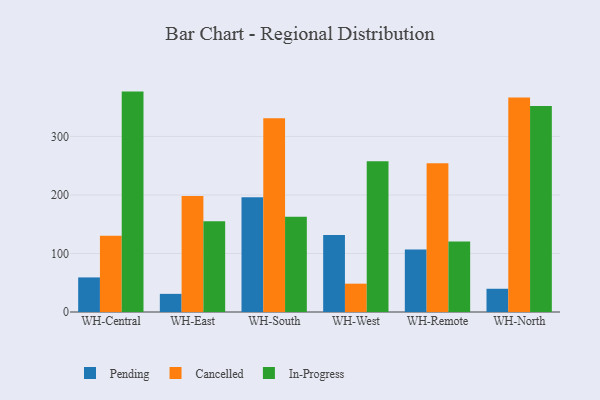
{"axis": {"x": "Warehouse", "y": "Revenue (USD Million)"}, "legend": ["Cancelled", "In-Progress", "Pending"], "data": [{"x": "WH-Central", "y": 59.1, "type": "Pending"}, {"x": "WH-Central", "y": 130.5, "type": "Cancelled"}, {"x": "WH-Central", "y": 376.7, "type": "In-Progress"}, {"x": "WH-East", "y": 31.0, "type": "Pending"}, {"x": "WH-East", "y": 198.2, "type": "Cancelled"}, {"x": "WH-East", "y": 155.3, "type": "In-Progress"}, {"x": "WH-South", "y": 196.3, "type": "Pending"}, {"x": "WH-South", "y": 331.3, "type": "Cancelled"}, {"x": "WH-South", "y": 162.8, "type": "In-Progress"}, {"x": "WH-West", "y": 131.5, "type": "Pending"}, {"x": "WH-West", "y": 48.4, "type": "Cancelled"}, {"x": "WH-West", "y": 257.6, "type": "In-Progress"}, {"x": "WH-Remote", "y": 106.8, "type": "Pending"}, {"x": "WH-Remote", "y": 254.2, "type": "Cancelled"}, {"x": "WH-Remote", "y": 120.5, "type": "In-Progress"}, {"x": "WH-North", "y": 39.7, "type": "Pending"}, {"x": "WH-North", "y": 366.6, "type": "Cancelled"}, {"x": "WH-North", "y": 352.3, "type": "In-Progress"}]}